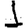
Digit: 1